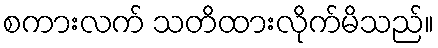
စကားလက် သတိထားလိုက်မိသည်။